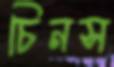
চিনস